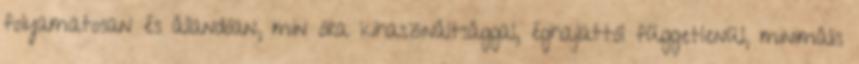
folyamatosan és állandóan, min óra kihasználtsággal, éghajlattól függetlenül, minimális